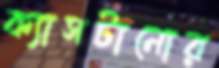
ক্যাসটানোর